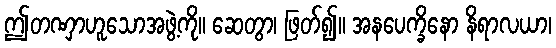
ဤတဏှာဟူသောအဖွဲ့ကို။ ဆေတွာ၊ ဖြတ်၍။ အနပေက္ခိနော နိရာလယာ၊